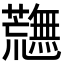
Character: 𮓉